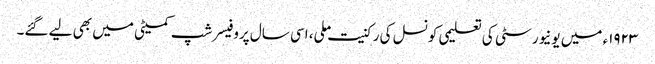
١٩٢٣ء میں یونیورسٹی کی تعلیمی کونسل کی رکنیت ملی، اسی سال پروفیسر شپ کمیٹی میں بھی لیے گئے۔